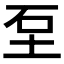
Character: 𡊵